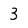
Character: 3